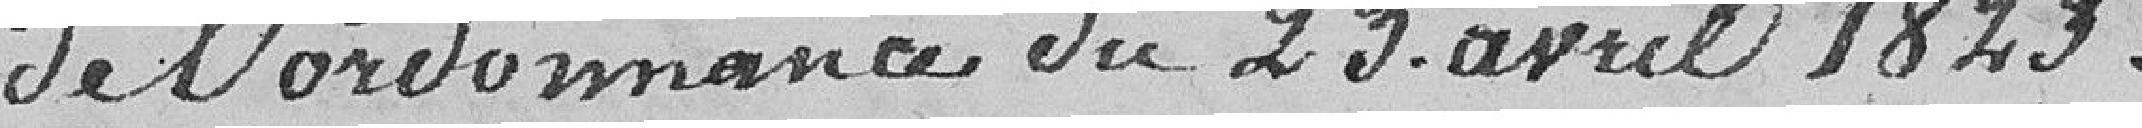
de l'ordonnance du 23 avril 1823